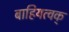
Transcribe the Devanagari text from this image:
बाहियत्वक्‌